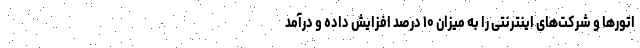
اتورها و شرکت‌های اینترنتی را به میزان ۱۰ درصد افزایش داده و درآمد